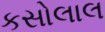
કસોલાલ